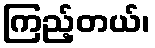
ကြည့်တယ်၊